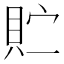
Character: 𫎓